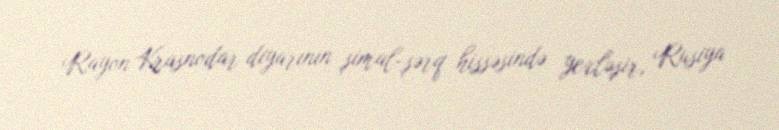
Rayon Krasnodar diyarının şimal-şərq hissəsində yerləşir, Rusiya